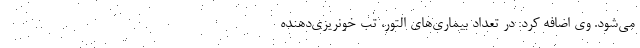
می‌شود. وی اضافه کرد: در تعداد بیماری‌های التور، تب خونریزی‌دهنده